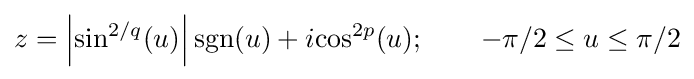
z=\left\vert {\text{sin}}^{2/q}(u)\right\vert {\text{sgn}}(u)+i{\text{cos}}^{2p}(u);\qquad -\pi /2\leq {u}\leq \pi /2